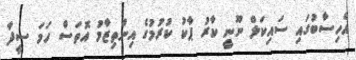
އެހިސާބުގައި ސައިކަލް ނޫނީ ކާރު ޕާކު ކުރުމުގެ އިންތިޒާމު އޮތަސް ހަމަ ސީދާ